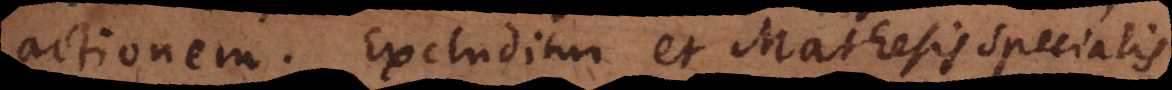
actionem. Excluditur et Mathesis specialis